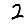
Digit: 2